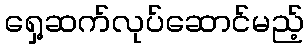
ရှေ့ဆက်လုပ်ဆောင်မည့်